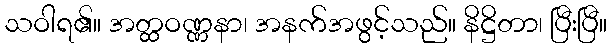
သဝါရ၏။ အတ္ထဝဏ္ဏနာ၊ အနက်အဖွင့်သည်။ နိဋ္ဌိတာ၊ ပြီးပြီ။